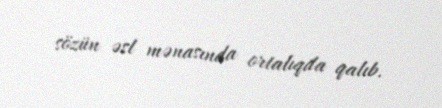
sözün əsl mənasında ortalıqda qalıb.